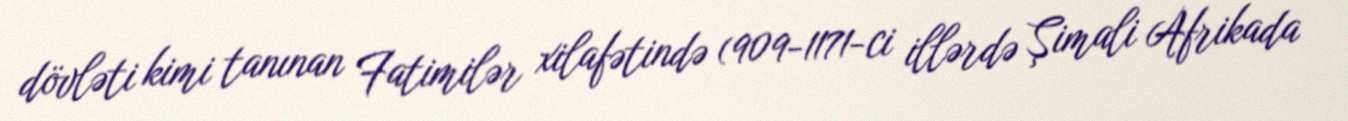
dövləti kimi tanınan Fatimilər xilafətində (909-1171-ci illərdə Şimali Afrikada